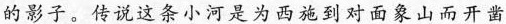
的影子。传说这条小河是为西施到对面象山而开凿